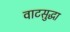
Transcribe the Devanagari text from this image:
वाटसुद्धा